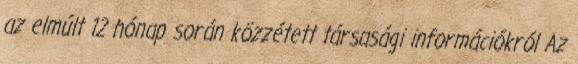
az elmúlt 12 hónap során közzétett társasági információkról Az